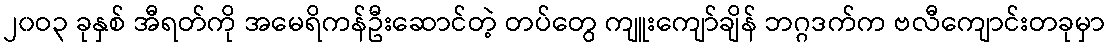
၂၀ဝ၃ ခုနှစ် အီရတ်ကို အမေရိကန်ဦးဆောင်တဲ့ တပ်တွေ ကျူးကျော်ချိန် ဘဂ္ဂဒက်က ဗလီကျောင်းတခုမှာ